Indian journal of veterinary science and animal husbandry - Volume 4,
Year: 1934
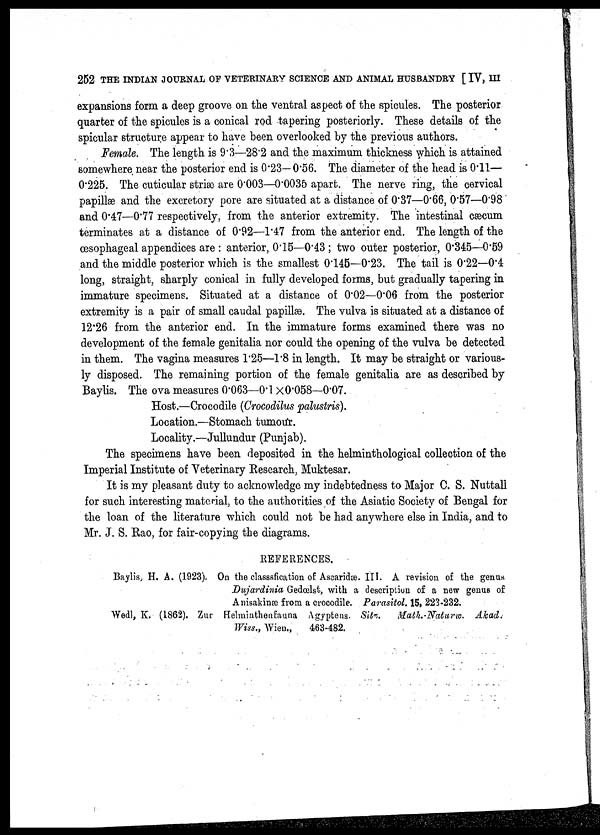
252 THE INDIAN JOURNAL OF VETERINARY SCIENCE AND ANIMAL HUSBANDRY [ IV, III
expansions form a deep groove on the ventral aspect of the spicules. The posterior
quarter of the spicules is a conical rod tapering posteriorly. These details of the
spicular structure appear to have been overlooked by the previous authors.
Female. The length is 9.3—28.2 and the maximum thickness which is attained
somewhere near the posterior end is 0.23— 0.56. The diameter of the head is 0.11—
0.225. The cuticular striæ are 0.003—0.0035 apart. The nerve ring, the cervical
papillæ and the excretory pore are situated at a distance of 0.37—0.66, 0.57—0.98
and 0.47—0.77 respectively, from the anterior extremity. The intestinal cæcum
terminates at a distance of 0.92—1.47 from the anterior end. The length of the
œsophageal appendices are : anterior, 0.15—0.43 ; two outer posterior, 0.345—0.59
and the middle posterior which is the smallest 0.145—0.23. The tail is 0.22—0.4
long, straight, sharply conical in fully developed forms, but gradually tapering in
immature specimens. Situated at a distance of 0.02—0.06 from the posterior
extremity is a pair of small caudal papillæ. The vulva is situated at a distance of
12.26 from the anterior end. In the immature forms examined there was no
development of the female genitalia nor could the opening of the vulva be detected
in them. The vagina measures 1.25—1.8 in length. It may be straight or various-
ly disposed. The remaining portion of the female genitalia are as described by
Baylis. The ova measures 0.063—0.1 × 0.058—0.07.
Host.—Crocodile (Crocodilus palustris).
Location.—Stomach tumour.
Locality.—Jullundur (Punjab).
The specimens have been deposited in the helminthological collection of the
Imperial Institute of Veterinary Research, Muktesar.
It is my pleasant duty to acknowledge my indebtedness to Major C. S. Nuttall
for such interesting material, to the authorities of the Asiatic Society of Bengal for
the loan of the literature which could not be had anywhere else in India, and to
Mr. J. S. Rao, for fair-copying the diagrams.
REFERENCES.
Baylis, H. A. (1923). On the classsfication of Ascaridæ. III. A revision of the genus
Dujardinia Gedœlst, with a description of a new genus of
Anisakinæ from a crocodile. Parasitol. 15, 223-232.
Wedl, K. (1862). Zur Helminthenfauna Agypteus. Sita.
Math.-Naturw.
Akad.
Wiss., Wien.,
463-482.